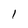
Character: 1